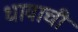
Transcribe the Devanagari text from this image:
धावाची